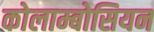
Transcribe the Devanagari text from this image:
कोलाम्बोसियन